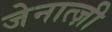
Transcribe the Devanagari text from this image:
जेनात्ज़ी